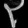
Digit: ၃